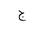
Letter: _gim